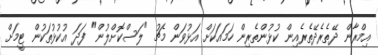
އިމްރާން ދޭތެރެދޭތެރެއިން ކުޅުންތެރިން ހަމައަަކަށް އަޅުވަން މެޗު "ލަސްކޮށްލުން" ފަދަ އުކުޅުތަކުން ޓީމަށް